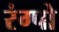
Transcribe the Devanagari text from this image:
रंग्पो